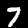
Digit: 7